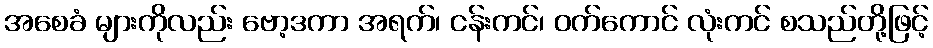
အစေခံ များကိုလည်း ဗော့ဒကာ အရက်၊ ငန်းကင်၊ ဝက်ကောင် လုံးကင် စသည်တို့ဖြင့်